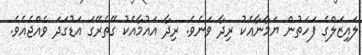
ލައިޒަލްގެ ފަހަތުން ޔަމާނާއެކު ރިދާ ވަނެވެ. ރިދާ އައުމާއެކު ގޭތެރޭގަ އަޑުގަދަ ވެއްޖެއެވެ.